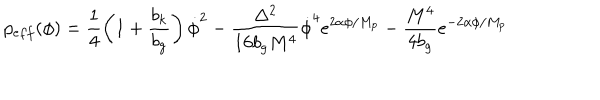
p _ { e f f } ( \phi ) = \frac { 1 } { 4 } \left( 1 + \frac { b _ { k } } { b _ { g } } \right) \dot { \phi } ^ { 2 } - \frac { \Delta ^ { 2 } } { 1 6 b _ { g } M ^ { 4 } } \dot { \phi } ^ { 4 } e ^ { 2 \alpha \phi / M _ { p } } - \frac { M ^ { 4 } } { 4 b _ { g } } e ^ { - 2 \alpha \phi / M _ { p } }